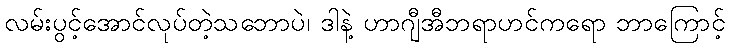
လမ်းပွင့်အောင်လုပ်တဲ့သဘောပဲ၊ ဒါနဲ့ ဟာဂျီအီဘရာဟင်ကရော ဘာကြောင့်